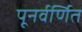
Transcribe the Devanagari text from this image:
पूनर्वर्णित